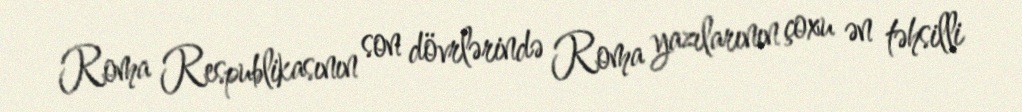
Roma Respublikasının son dövrlərində Roma yazılarının çoxu ən təhsilli